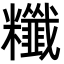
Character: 䊱